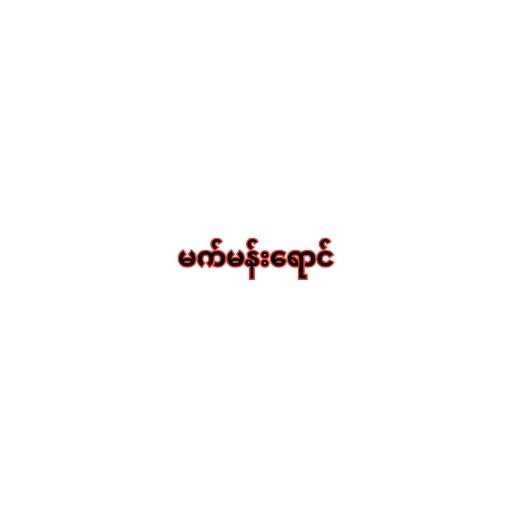
မက်မန်းရောင်